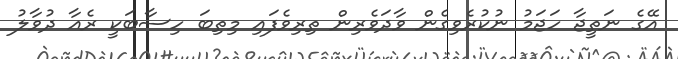
އޭގެ ނަތީޖާ ހަޖަމު ނުކުރެވިގެން ވާދަވެރިން ތިރިވެފައި މިތިބަ ހިސާބަކީ ރެއާ ދުވާލު